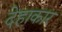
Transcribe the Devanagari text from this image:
देहाकार